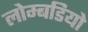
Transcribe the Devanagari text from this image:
लोम्बडियो